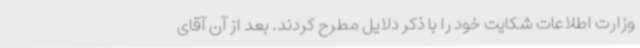
وزارت اطلاعات شکایت خود را با ذکر دلایل مطرح کردند. بعد از آن آقای